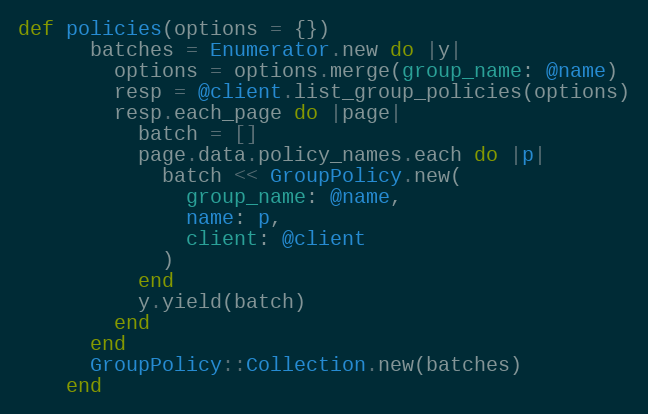
Language: Ruby
def policies(options = {})
      batches = Enumerator.new do |y|
        options = options.merge(group_name: @name)
        resp = @client.list_group_policies(options)
        resp.each_page do |page|
          batch = []
          page.data.policy_names.each do |p|
            batch << GroupPolicy.new(
              group_name: @name,
              name: p,
              client: @client
            )
          end
          y.yield(batch)
        end
      end
      GroupPolicy::Collection.new(batches)
    end